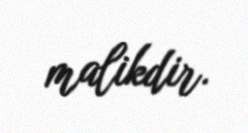
malikdir.